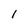
Character: 1